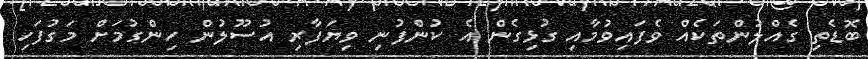
ބޮޑެތި ގެއްލުންތަކެއް ވެފައިވުމާއި ގުޅިގެން އެ ކުންފުނި ވިޔަފާރި އުސޫލުން ހިންގުމަށް މަގުފަހި